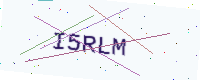
Text: I5RLM